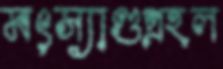
মৎস্যাণ্ডপ্রহল